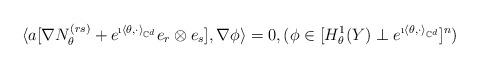
LaTeX: \begin{align*}\langle a[\nabla N^{(rs)}_\theta + e^{\i \langle\theta, \cdot \rangle_{\mathbb{C}^d}} e_r \otimes e_s ], \nabla \phi \rangle = 0, ( \phi \in [H^1_\theta(Y) \perp e^{\i \langle\theta, \cdot \rangle_{\mathbb{C}^d}}]^n)\end{align*}